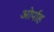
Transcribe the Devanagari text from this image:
ओर्पाह